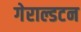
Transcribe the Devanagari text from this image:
गेराल्डटन